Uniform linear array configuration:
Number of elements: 24
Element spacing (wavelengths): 0.5
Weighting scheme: exponential
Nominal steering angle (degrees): -60
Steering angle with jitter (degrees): -61.437
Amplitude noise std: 0.05
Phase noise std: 0.05

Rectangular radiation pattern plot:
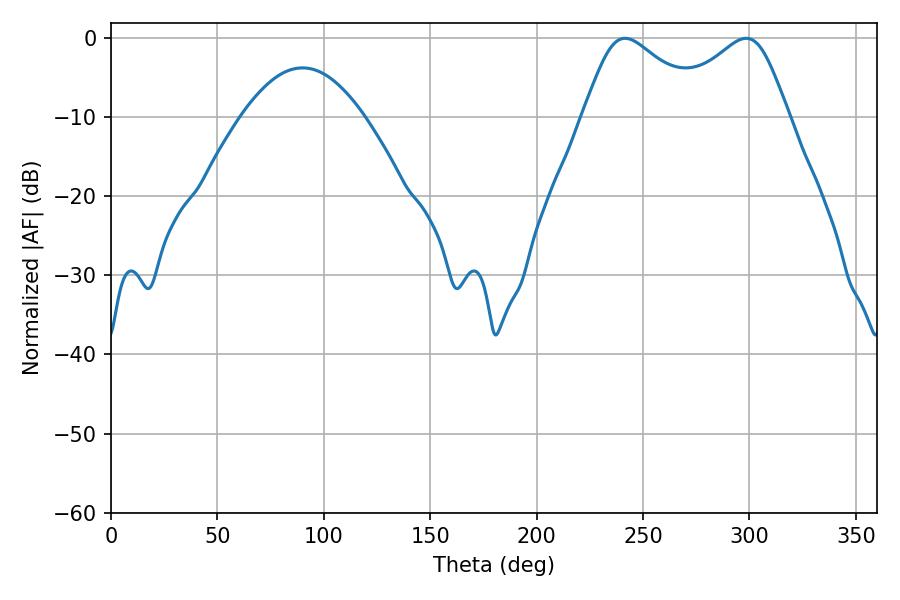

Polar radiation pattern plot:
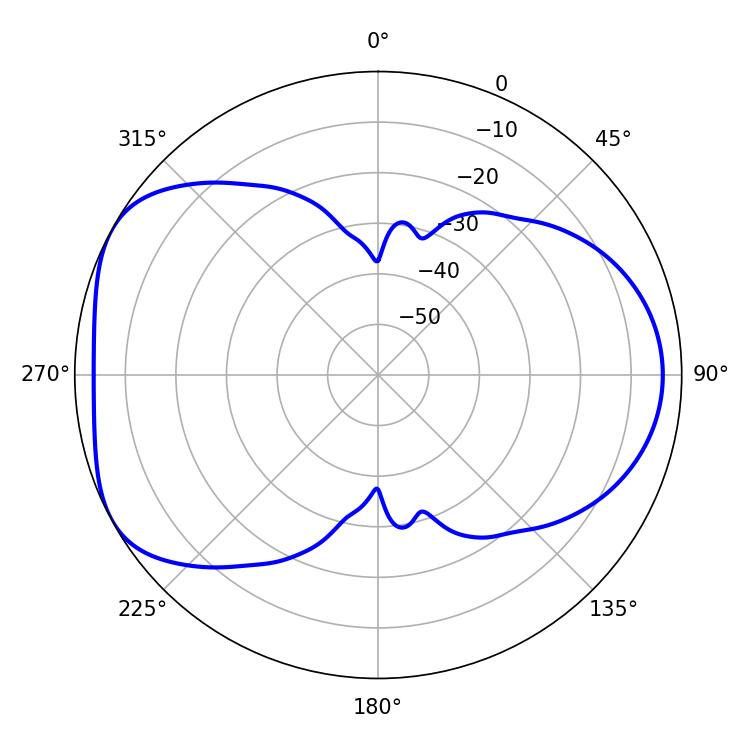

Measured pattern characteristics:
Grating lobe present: FALSE
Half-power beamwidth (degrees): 28.98
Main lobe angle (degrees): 241.56